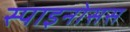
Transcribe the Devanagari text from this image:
स्पाइनोसस